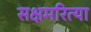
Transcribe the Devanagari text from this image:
सक्षमरित्या